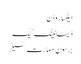
ایلکسا روڈن
ڈیٹا لینگ کیک
برسون-مارت سیلر